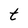
Character: t